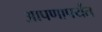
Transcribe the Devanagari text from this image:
आपणापर्यंत